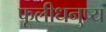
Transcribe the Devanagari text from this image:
फूलीधनुष्य